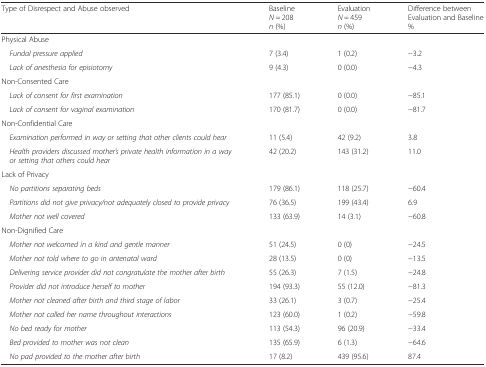
<table><thead><tr><td><b>Type of Disrespect and Abuse observed</b></td><td><b>Baseline<i>N</i> = 208<i>n</i> (%)</b></td><td><b>Evaluation<i>N</i> = 459<i>n</i> (%)</b></td><td><b>Difference between Evaluation and Baseline%</b></td></tr></thead><tbody><tr><td>Physical Abuse</td><td></td><td></td><td></td></tr><tr><td><i> Fundal pressure applied</i></td><td>7 (3.4)</td><td>1 (0.2)</td><td>−3.2</td></tr><tr><td><i> Lack of anesthesia for episiotomy</i></td><td>9 (4.3)</td><td>0 (0.0)</td><td>−4.3</td></tr><tr><td>Non-Consented Care</td><td></td><td></td><td></td></tr><tr><td><i> Lack of consent for first examination</i></td><td>177 (85.1)</td><td>0 (0.0)</td><td>−85.1</td></tr><tr><td><i> Lack of consent for vaginal examination</i></td><td>170 (81.7)</td><td>0 (0.0)</td><td>−81.7</td></tr><tr><td>Non-Confidential Care</td><td></td><td></td><td></td></tr><tr><td><i> Examination performed in way or setting that other clients could hear</i></td><td>11 (5.4)</td><td>42 (9.2)</td><td>3.8</td></tr><tr><td><i> Health providers discussed mother’s private health information in a way or setting that others could hear</i></td><td>42 (20.2)</td><td>143 (31.2)</td><td>11.0</td></tr><tr><td>Lack of Privacy</td><td></td><td></td><td></td></tr><tr><td><i> No partitions separating beds</i></td><td>179 (86.1)</td><td>118 (25.7)</td><td>−60.4</td></tr><tr><td><i> Partitions did not give privacy/not adequately closed to provide privacy</i></td><td>76 (36.5)</td><td>199 (43.4)</td><td>6.9</td></tr><tr><td><i> Mother not well covered</i></td><td>133 (63.9)</td><td>14 (3.1)</td><td>−60.8</td></tr><tr><td>Non-Dignified Care</td><td></td><td></td><td></td></tr><tr><td><i> Mother not welcomed in a kind and gentle manner</i></td><td>51 (24.5)</td><td>0 (0)</td><td>−24.5</td></tr><tr><td><i> Mother not told where to go in antenatal ward</i></td><td>28 (13.5)</td><td>0 (0)</td><td>−13.5</td></tr><tr><td><i> Delivering service provider did not congratulate the mother after birth</i></td><td>55 (26.3)</td><td>7 (1.5)</td><td>−24.8</td></tr><tr><td><i> Provider did not introduce herself to mother</i></td><td>194 (93.3)</td><td>55 (12.0)</td><td>−81.3</td></tr><tr><td><i> Mother not cleaned after birth and third stage of labor</i></td><td>33 (26.1)</td><td>3 (0.7)</td><td>−25.4</td></tr><tr><td><i> Mother not called her name throughout interactions</i></td><td>123 (60.0)</td><td>1 (0.2)</td><td>−59.8</td></tr><tr><td><i> No bed ready for mother</i></td><td>113 (54.3)</td><td>96 (20.9)</td><td>−33.4</td></tr><tr><td><i> Bed provided to mother was not clean</i></td><td>135 (65.9)</td><td>6 (1.3)</td><td>−64.6</td></tr><tr><td><i> No pad provided to the mother after birth</i></td><td>17 (8.2)</td><td>439 (95.6)</td><td>87.4</td></tr></tbody></table>